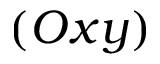
( O x y )